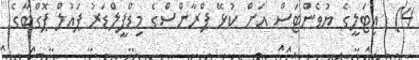
4)  އިޓަލީގެ ޔުވެންޓަސް އަށް ކުޅޭ ފްރާންސްގެ މިޑްފީލްޑަރު ޕައުލް ޕޮގްބާގެ